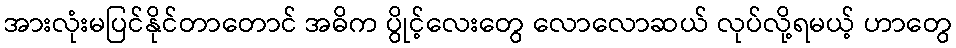
အားလုံးမပြင်နိုင်တာတောင် အဓိက ပွိုင့်လေးတွေ လောလောဆယ် လုပ်လို့ရမယ့် ဟာတွေ